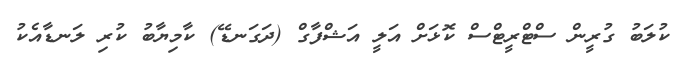
ކުލަބު ގުރީން ސްޓްރީޓްސް ކޮޅަށް އަލީ އަޝްފާގް (ދަގަނޑޭ) ކާމިޔާބު ކުރި ލަނޑާއެކު